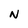
Character: N